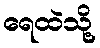
ရေထဲသို့